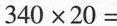
$$3 4 0 \times 2 0 =$$